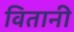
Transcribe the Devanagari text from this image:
वितानी